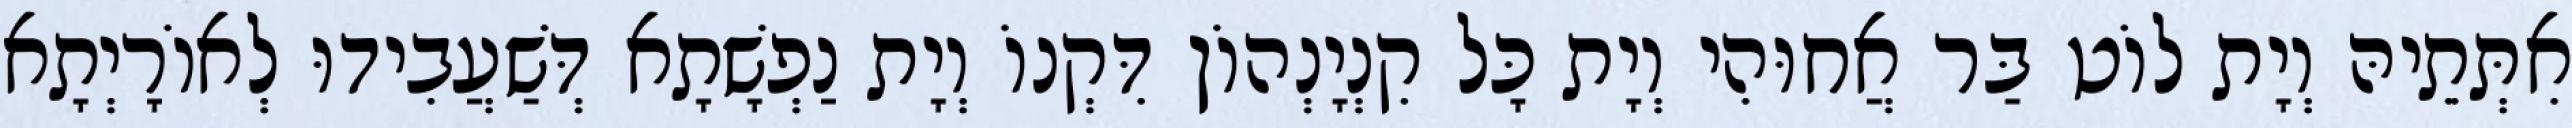
אִתְּתֵיהּ וְיָת לוֹט בַּר אֲחוּהִי וְיָת כָּל קִנְיָנְהוֹן דִּקְנוֹ וְיָת נַפְשָׁתָא דְּשַׁעֲבִידוּ לְאוֹרָיְתָא